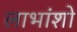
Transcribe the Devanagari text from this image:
लाभांशो